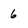
Character: 6